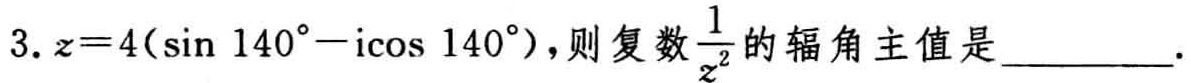
3. \(z = 4(\sin140^{\circ}-\mathrm{i}\cos140^{\circ})\)，则复数\(\frac{1}{z^{2}}\)的辐角主值是__________.